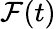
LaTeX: \mathcal{F}(t)